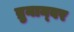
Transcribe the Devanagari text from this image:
ब्रुनान्बर